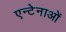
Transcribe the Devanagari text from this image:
एन्टेनाओं